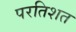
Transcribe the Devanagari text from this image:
परतिशत